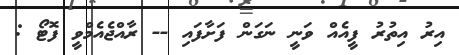
އިރު އިތުރު ފީއެއް ވަނީ ނަގަން ފަށާފައި -- ރާއްޖެއެމްވީ ފޮޓޯ :